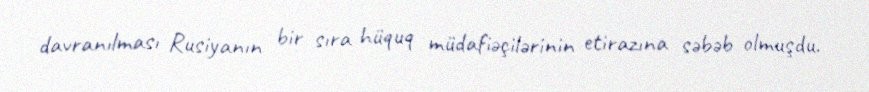
davranılması Rusiyanın bir sıra hüquq müdafiəçilərinin etirazına səbəb olmuşdu.